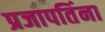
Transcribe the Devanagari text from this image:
प्रजापतिंना